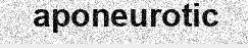
aponeurotic